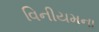
વિનીયમના